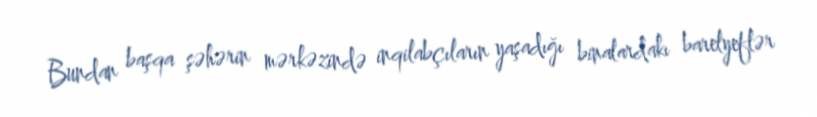
Bundan başqa şəhərin mərkəzində inqilabçıların yaşadığı binalardakı barelyeflər